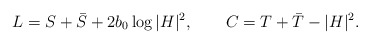
\begin{align*}L=S+\bar{S}+2b_0\log|H|^2,\qquad C=T+\bar{T}-|H|^2.\end{align*}